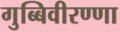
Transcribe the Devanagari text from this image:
गुब्बिवीरण्णा